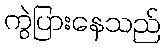
ကွဲပြားနေသည်